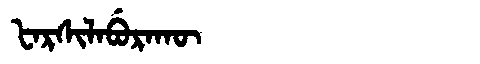
Manchu: ᡶᠠᡵᠰᡳᠯᠠᠪᡠᡵᠠᡴᡡ
Romanization: FARSILABURAKŪ